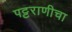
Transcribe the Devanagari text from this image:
पट्टराणीचा